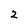
Character: 2